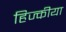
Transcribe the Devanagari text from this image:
हिज्कीया